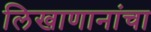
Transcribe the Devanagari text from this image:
लिखाणानांचा